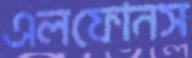
এলফোনস